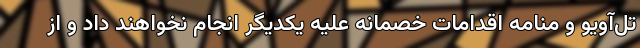
تل‌آویو و منامه اقدامات خصمانه علیه یکدیگر انجام نخواهند داد و از